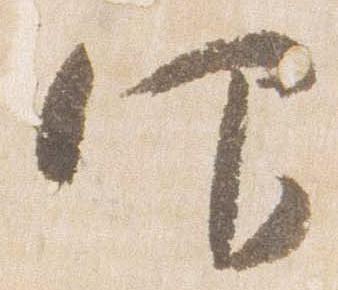
仰